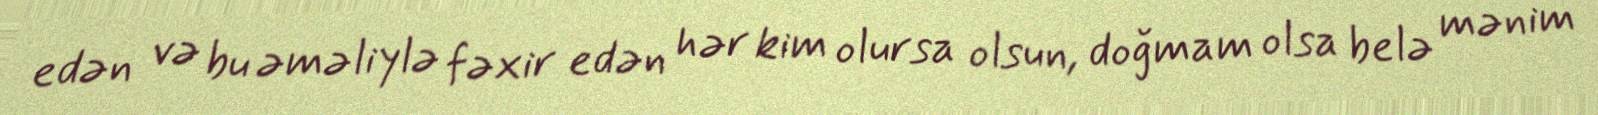
edən və bu əməliylə fəxir edən hər kim olursa olsun, doğmam olsa belə mənim